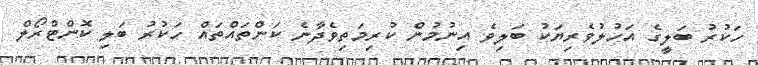
ހަކުރު ބަލީގެ އަހުލުވެރިޔަކު ބަލިވެ އިނުމުން ކުރިމަތިވެދާނެ ކަންތައްތައް ހަކުރު ބަލި ކޮންޓްރޯލް